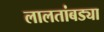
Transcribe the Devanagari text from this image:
लालतांबड्या